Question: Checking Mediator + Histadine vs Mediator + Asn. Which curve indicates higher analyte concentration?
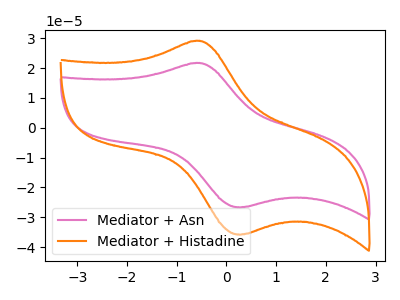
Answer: <think>The pink curve "Mediator + Asn" has an anodic peak at (-0.55V, 21.65uA) and a cathodic peak at (0.30V, -26.60uA). The orange curve "Mediator + Histadine" has an anodic peak at (-0.55V, 29.10uA) and a cathodic peak at (0.30V, -35.70uA).
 All the peaks in "Mediator + Histadine" have a peak in "Mediator + Asn" at the same potential. Every peak in "Mediator + Histadine" is higher than every peak in "Mediator + Asn".</think>
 <answer>"Mediator + Histadine" has more signal than "Mediator + Asn" and so likely has a higher concentration.</answer>
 <eval>more_concentration</eval>